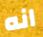
انه